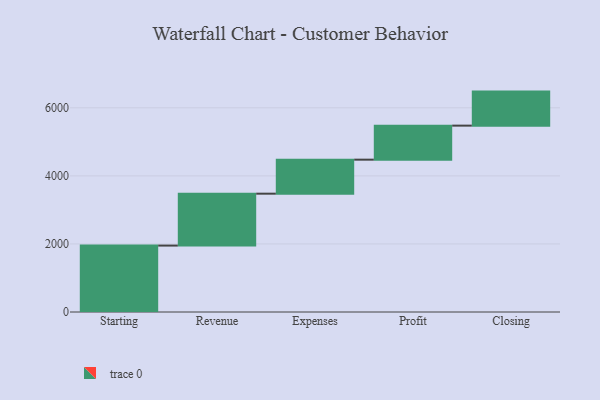
{"axis": {"x": "Step", "y": "Value"}, "legend": [""], "data": [{"x": "Starting", "y": 1952.0, "type": ""}, {"x": "Revenue", "y": 1525.0, "type": ""}, {"x": "Expenses", "y": 1000, "type": ""}, {"x": "Profit", "y": 1000, "type": ""}, {"x": "Closing", "y": 1000, "type": ""}]}